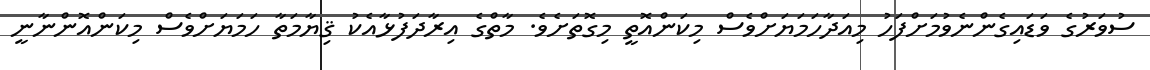
ސުވަރުގެ ވަޑައިގެންނެވުމަށްފަހު މިއަދާހަމަޔަށްވެސް މިކަންއޮތީ މިގޮތަށެވެ. މާތްގެ އިރާދަފުޅާއެކު ޤިޔާމަތާ ހަމަޔަށްވެސް މިކަންއޮންނާނީ